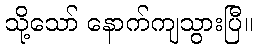
သို့သော် နောက်ကျသွားပြီ။